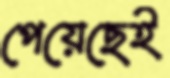
পেয়েছেই